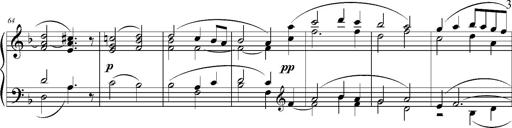
Title: Ave Maria d' Arcadelt
Composer: Franz Liszt